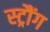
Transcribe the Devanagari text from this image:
स्ट्रौंग